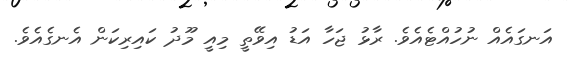
އަނގައެއް ނުހުއްޓެއެވެ. ރާޅު ޖަހާ އަޑު އިވޭތީ މިއީ މޫދު ކައިރިކަން އެނގެއެވެ.